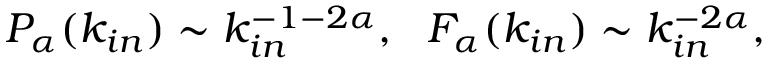
P _ { \alpha } ( k _ { i n } ) \sim k _ { i n } ^ { - 1 - 2 \alpha } , \ \ F _ { \alpha } ( k _ { i n } ) \sim k _ { i n } ^ { - 2 \alpha } ,